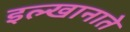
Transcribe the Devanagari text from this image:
इल्खानाते